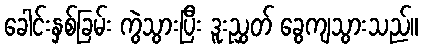
ခေါင်းနှစ်ခြမ်း ကွဲသွားပြီး ဒူးညွှတ် ခွေကျသွားသည်။